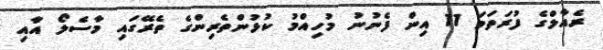
ރެއާލްގެ ފުރަތަމަ 11 އިން ފެނުނު މުހިއްމު ކުޅުންތެރިންގެ ތެރޭގައި މާސެލޯ އާއި